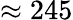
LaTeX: \approx 245